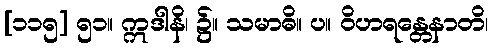
[၁၁၅] ၅၁။ ဣဒါနိ၊ ၌။ သမာဓိ။ ပ။ ဝိဟရန္တေနာတိ၊